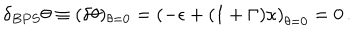
LaTeX: \delta _ { B P S } \theta \equiv ( \delta \theta ) _ { \theta = 0 } = \left( - \epsilon + ( 1 + \Gamma ) \kappa \right) _ { \theta = 0 } = 0 \, .